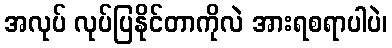
အလုပ် လုပ်ပြနိုင်တာကိုလဲ အားရစရာပါပဲ၊